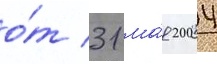
о́т 31 ма́я 2004